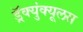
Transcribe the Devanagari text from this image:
ड्रॅक्युंक्यूलस